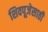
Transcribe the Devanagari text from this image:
शिवपूजेसाठी